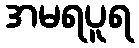
အမရပူရ